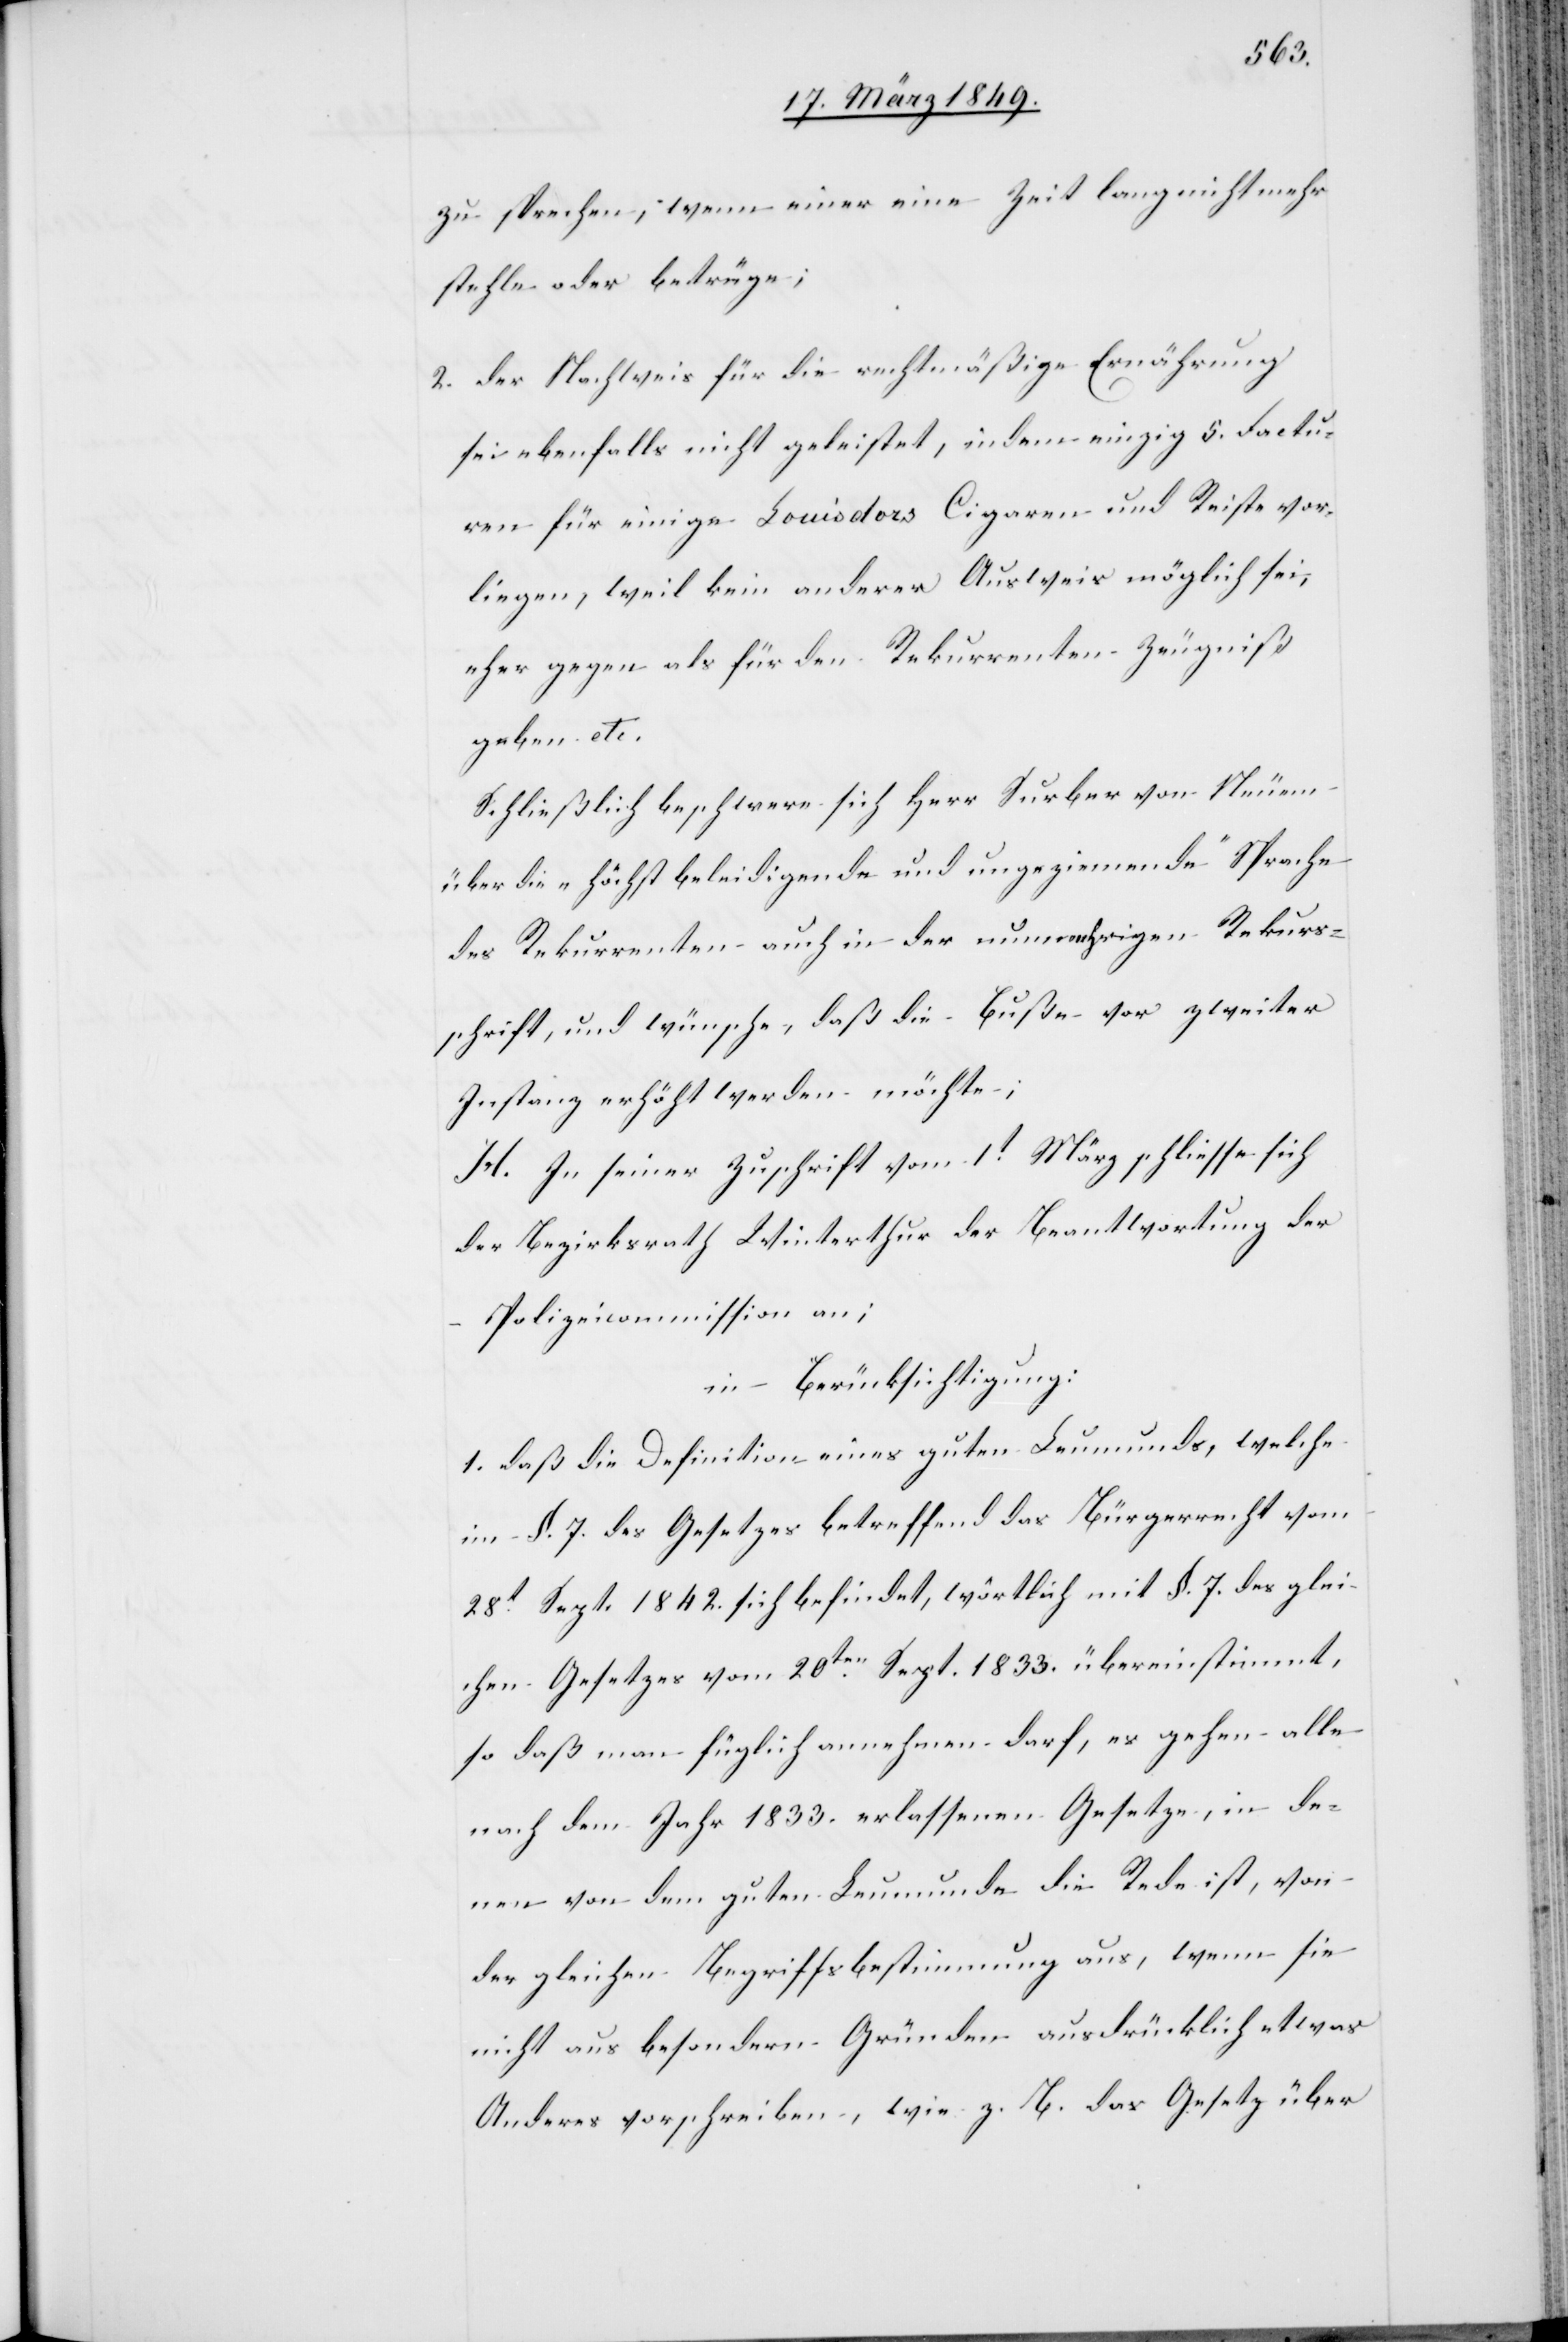
zu sprechen, wenn einer eine Zeit lang nicht mehr
stehle oder betrüge;
2. der Nachweis für die rechtmäßige Ernährung
sei ebenfalls nicht geleistet, indem einzig 5. Factu¬
ren für einige Louisdors Cigaren und Reiste vor¬
liegen, weil kein anderer Ausweis möglich sei,
eher gegen als für den Rekurrenten Zeugniß
geben etc.
Schließlich beschwere sich Herr Surber von Neuem
über die „höchst beleidigende und ungeziemende Sprache“
des Rekurrenten auch in der nunmehrigen Rekurs¬
schrift und wünsche, daß die Buße vor zweiter
Instanz erhöht werden möchte;
H. In seiner Zuschrift vom 1t. März schliesse sich
der Bezirksrath Winterthur der Beantwortung der
Polizeicommission an;
in Berücksichtigung:
1. daß die Definition eines guten Leumunds, welche
im §. 7. des Gesetzes betreffend das Bürgerrecht vom
28t. Sept. 1842. sich befindet, wörtlich mit §. 7. des glei¬
chen Gesetzes vom 20ten. Sept. 1833. übereinstimmt,
so daß man füglich annehmen darf, es gehen alle
nach dem Jahr 1833. erlassenen Gesetze, in de¬
nen von dem guten Leumunde die Rede ist, von
der gleichen Begriffsbestimmung aus, wenn sie
nicht aus besondern Gründen ausdrücklich etwas
Anderes vorschreiben, wie z. B. das Gesetz über